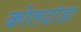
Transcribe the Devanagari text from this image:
कोलदांडा